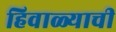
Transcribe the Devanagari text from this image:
हिवाळ्याची